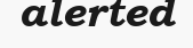
alerted